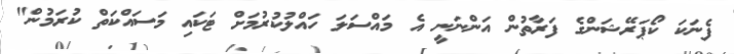
ފެނަކަ ކޯޕަރޭޝަންގެ ފަރާތުން އަންނަނީ އެ މައްސަލަ ހައްލުކުރުމަށް ޓަކައި މަސައްކަތް ކުރަމުން"